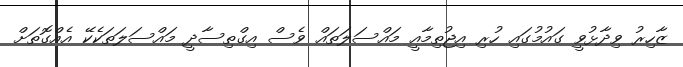
ޒާހިރު ވިދާޅުވީ ގައުމުގައި ހުރި އިޖުތިމާއީ މައްސަލަތައް ވެސް އިގްތިސާދީ މައްސަލަތަކެކޭ އެއްގޮތަށް